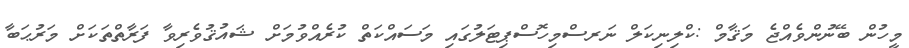
މީހުން ބޭނުންވެއްޖެ މަޤާމް :ކްލިނިކަލް ނަރސްމިހޮސްޕިޓަލުގައި މަސައްކަތް ކުރެއްވުމަށް ޝައުޤުވެރިވާ ފަރާތްތަކަށް މަރުޙަބާ